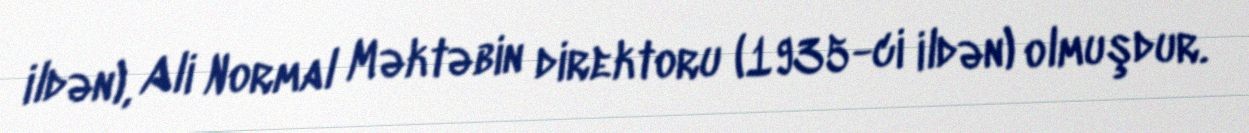
ildən), Ali Normal Məktəbin direktoru (1935-ci ildən) olmuşdur.